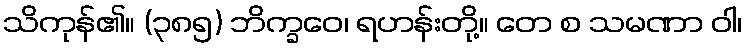
သိကုန်၏။ (၃၈၅) ဘိက္ခဝေ၊ ရဟန်းတို့။ တေ စ သမဏာ ဝါ၊